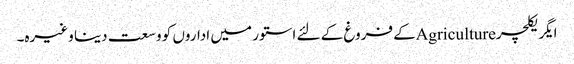
ایگریکلچرAgricultureکے فروغ کے لئے استور میں اداروں کو وسعت دینا وغیرہ۔